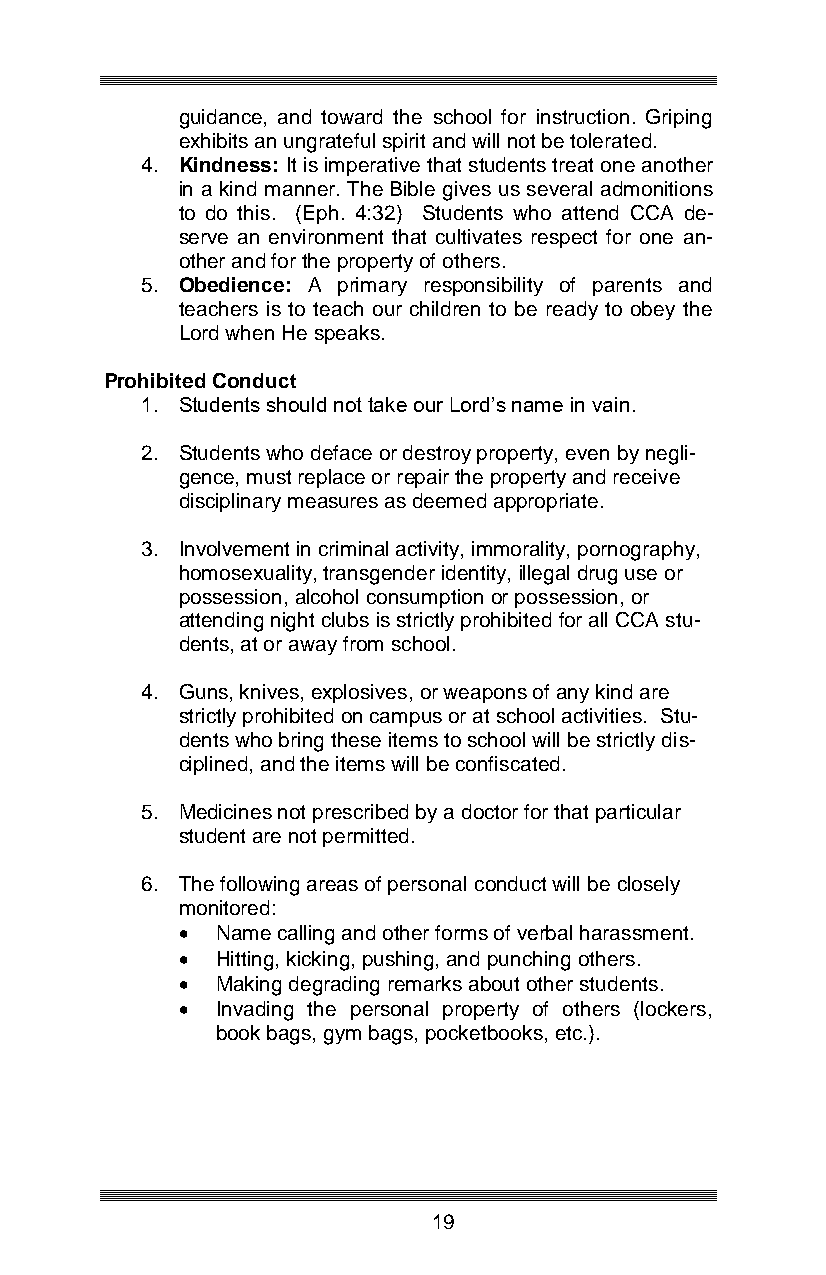
guidance, and toward the school for instruction. Griping
 exhibits an ungrateful spirit and will not be tolerated.
 4. Kindness: It is imperative that students treat one another
 in a kind manner. The Bible gives us several admonitions
 to do this. (Eph. 4:32) Students who attend CCA de-
 serve an environment that cultivates respect for one an-
 other and for the property of others.
 5. Obedience: A primary responsibility of parents and
 teachers is to teach our children to be ready to obey the
 Lord when He speaks.
 Prohibited Conduct
 1. Students should not take our Lord’s name in vain.
 2. Students who deface or destroy property, even by negli-
 gence, must replace or repair the property and receive
 disciplinary measures as deemed appropriate.
 3. Involvement in criminal activity, immorality, pornography,
 homosexuality, transgender identity, illegal drug use or
 possession, alcohol consumption or possession, or
 attending night clubs is strictly prohibited for all CCA stu-
 dents, at or away from school.
 4. Guns, knives, explosives, or weapons of any kind are
 strictly prohibited on campus or at school activities. Stu-
 dents who bring these items to school will be strictly dis-
 ciplined, and the items will be confiscated.
 5. Medicines not prescribed by a doctor for that particular
 student are not permitted.
 6. The following areas of personal conduct will be closely
 monitored:
  Name calling and other forms of verbal harassment.
  Hitting, kicking, pushing, and punching others.
  Making degrading remarks about other students.
  Invading the personal property of others (lockers,
 book bags, gym bags, pocketbooks, etc.).
 19